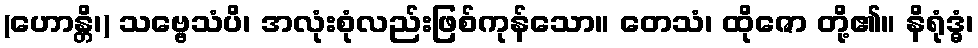
(ဟောန္တိ၊) သဗ္ဗေသံပိ၊ အလုံးစုံလည်းဖြစ်ကုန်သော။ တေသံ၊ ထိုဇော တို့၏။ နိရုံဒ္ဓံ၊